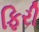
ફિરી